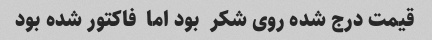
قیمت درج شده روی شکر  بود اما  فاکتور شده بود